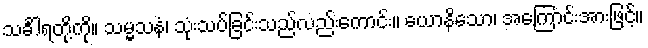
သင်္ခါရတို့ကို။ သမ္မသနံ၊ သုံးသပ်ခြင်းသည်လည်းကောင်း။ ယောနိသော၊ အကြောင်းအားဖြင့်။